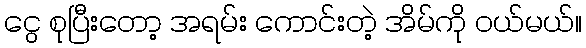
ငွေ စုပြီးတော့ အရမ်း ကောင်းတဲ့ အိမ်ကို ဝယ်မယ်။